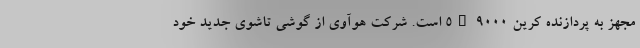
مجهز به پردازنده کرین 9000 5G است. شرکت هوآوی از گوشی تاشوی جدید خود